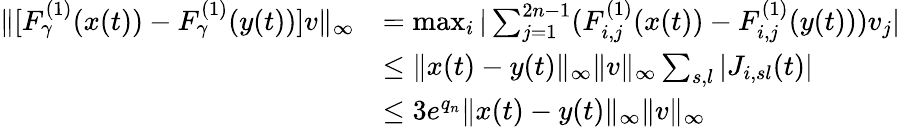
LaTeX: \begin{array}{rl}{\| [F_{\gamma}^{(1)}(x(t))-F_{\gamma}^{(1)}(y(t))]v\| _{\infty}}&{=\operatorname*{max}_{i}|\sum_{j=1}^{2n-1}(F_{i,j}^{(1)}(x(t))-F_{i,j}^{(1)}(y(t)))v_{j}|}\\ &{\le\| x(t)-y(t)\| _{\infty}\| v\| _{\infty}\sum_{s,l}|J_{i,sl}(t)|}\\ &{\le 3e^{q_{n}}\| x(t)-y(t)\| _{\infty}\| v\| _{\infty}}\end{array}